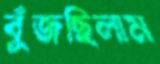
বুঁজছিলাম